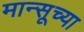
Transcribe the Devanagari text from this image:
मान्सूच्या